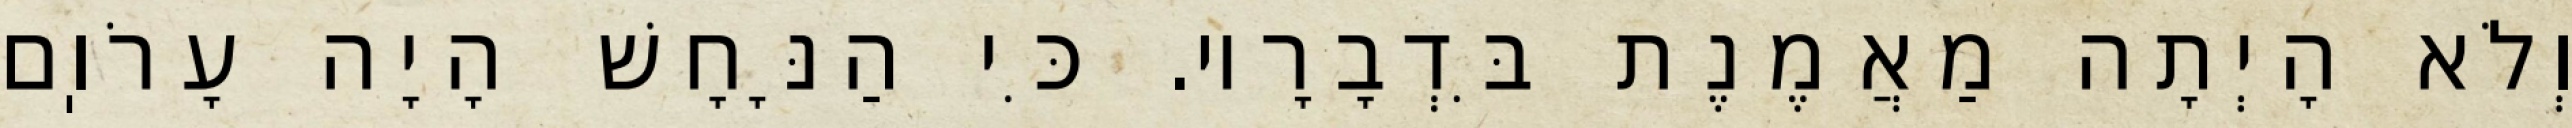
וְלֹא הָיְתָה מַאֲמֶנֶת בִּדְבָרָיו. כִּי הַנָּחָשׁ הָיָה עָרֹוֽם